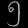
Digit: ၅